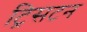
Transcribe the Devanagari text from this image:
ट्रिसटन